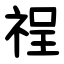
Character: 䄇